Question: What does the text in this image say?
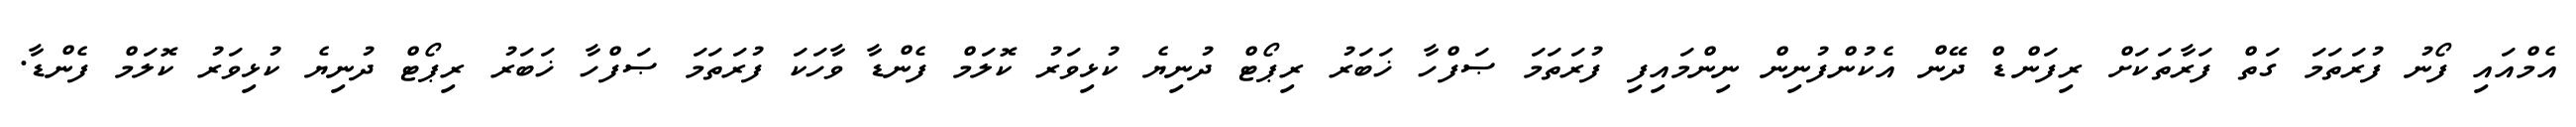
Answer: އެމްއައި ފޯނު ފުރަތަމަ ގަތް ފަރާތަކަށް ރިފަންޑް ދޭން އެކުންފުނިން ނިންމައިފި ފުރަތަމަ ޞަފްހާ ޚަބަރު ރިޕޯޓް ދުނިޔެ ކުޅިވަރު ކޮލަމް ފެންޑާ ވާހަކަ ފުރަތަމަ ޞަފްހާ ޚަބަރު ރިޕޯޓް ދުނިޔެ ކުޅިވަރު ކޮލަމް ފެންޑާ.